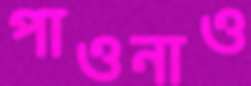
পাওনাও